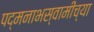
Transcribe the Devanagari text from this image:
पद्मनाभस्वामींच्या